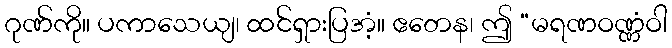
ဂုဏ်ကို။ ပကာသေယျ၊ ထင်ရှားပြအံ့။ ဧတေန၊ ဤ “မရဏဝဏ္ဏံဝါ